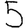
Digit: 5